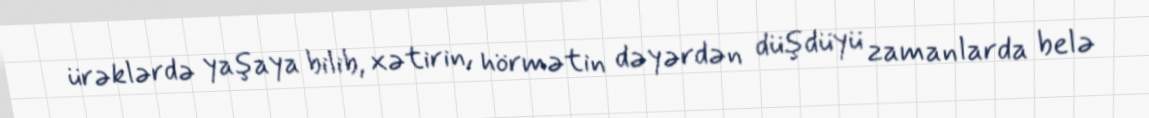
ürəklərdə yaşaya bilib, xətirin, hörmətin dəyərdən düşdüyü zamanlarda belə